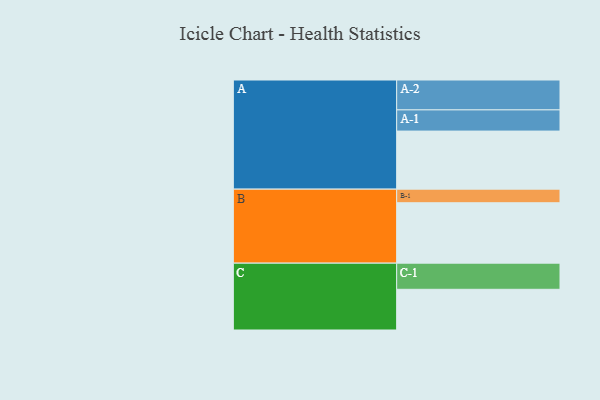
{"axis": {"x": "Segment", "y": "Value"}, "legend": ["", "A", "B", "C"], "data": [{"x": "A", "y": 542, "type": ""}, {"x": "B", "y": 564, "type": ""}, {"x": "C", "y": 380, "type": ""}, {"x": "A-1", "y": 198, "type": "A"}, {"x": "A-2", "y": 279, "type": "A"}, {"x": "B-1", "y": 127, "type": "B"}, {"x": "C-1", "y": 244, "type": "C"}]}